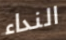
النداء